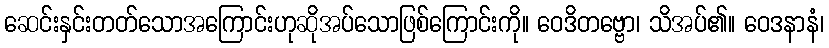
ဆေင်းနှင်းတတ်သောအကြောင်းဟုဆိုအပ်သောဖြစ်ကြောင်းကို။ ဝေဒိတဗ္ဗော၊ သိအပ်၏။ ဝေဒနာနံ၊